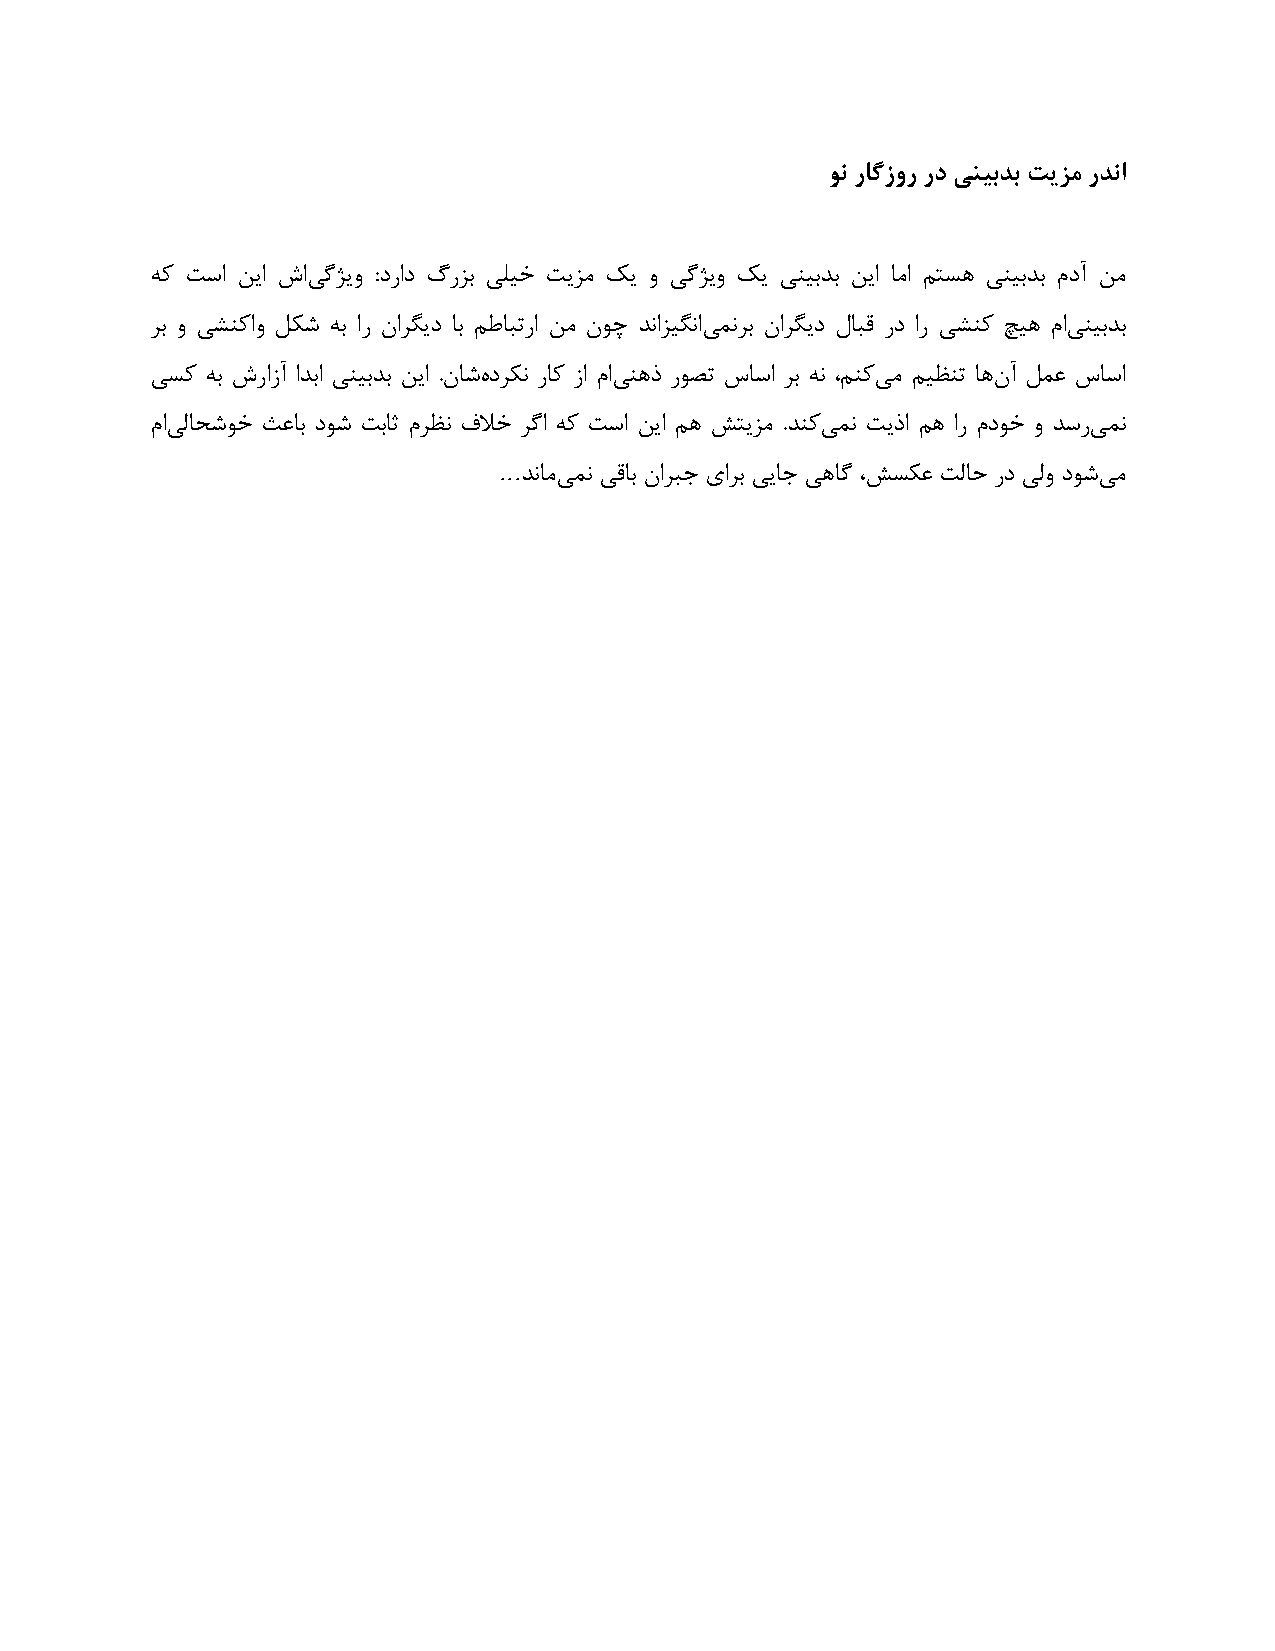
ًَ ساگصٍس سد ٌٖ٘تذت تٗضه سذًا
 ٠ً تًا ٚیا ٍای ُویٝ :ؿكاؿ ٍكنث یٔیؽ تینٗ يی ٝ یُویٝ يی یٜیثـث ٚیا بٗا ٖتٌ١ یٜیثـث ٕؿآ ٚٗ
 لث ٝ یًِٜاٝ ٌُْ ٠ث اك ٙالِیؿ بث ٖٛبجتكا ٚٗ ٙٞص ـٛانیِٛای ٘ٛلث ٙالِیؿ ّبجه كؿ اك یًِٜ شی١ ٕای ٜیثـث
 یًٌ ٠ث ٍكامآ اـثا یٜیثـث ٚیا .ٙبُٟ ؿلٌٛ كبً ما ٕای ٜ١ف كٞٔت ىبًا لث ٠ٛ ،ًٖٜی ٗ ٖیظٜت ب١ٙ آ ْ٘ػ ىبًا
 ٕای ٓبغُٞؽ جػبث ؿُٞ تثبح ٕلظٛ فلاؽ لُا ٠ً تًا ٚیا ٖ١ َتینٗ .ـًٜی ٘ٛ تیفا ٖ١ اك ٕؿٞؽ ٝ ـًكی ٘ٛ
 ...
 ـٛبٗی ٘ٛ یهبث ٙالجر یالث ییبر ی١بُ ،ٌٌَػ تٓبع كؿ یٓٝ ؿُٞی ٗ